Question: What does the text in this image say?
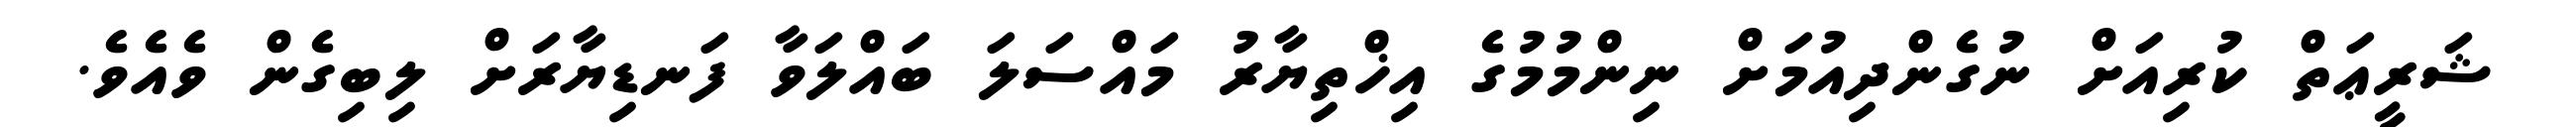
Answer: ޝަރީޢަތް ކުރިއަށް ނުގެންދިއުމަށް ނިންމުމުގެ އިޚްތިޔާރު މައްސަލަ ބައްލަވާ ފަނޑިޔާރަށް ލިބިގެން ވެއެވެ.